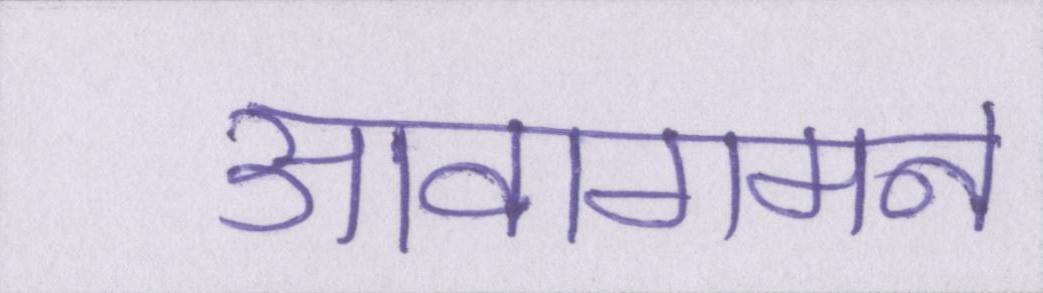
आवागमन